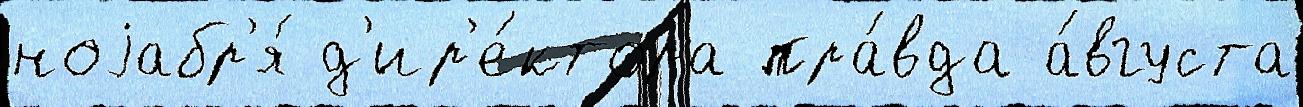
ноjабр'я́ д'ир'е́ктора пра́вда а́вгуста